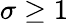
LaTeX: \sigma\geq 1